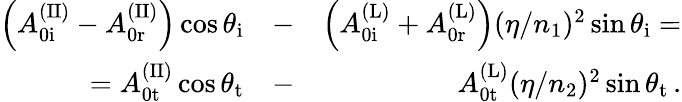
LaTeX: \begin{array}{rlr}{\left(A_{\mathrm{0i}}^{\mathrm{(II)}}-A_{\mathrm{0r}}^{\mathrm{(II)}}\right)\cos\theta_{\mathrm{i}}}&{-}&{\left(A_{\mathrm{0i}}^{\mathrm{(L)}}+A_{\mathrm{0r}}^{\mathrm{(L)}}\right)(\eta/n_{1})^{2}\sin\theta_{\mathrm{i}}=}\\ {=A_{\mathrm{0t}}^{\mathrm{(II)}}\cos\theta_{\mathrm{t}}}&{-}&{A_{\mathrm{0t}}^{\mathrm{(L)}}(\eta/n_{2})^{2}\sin\theta_{\mathrm{t}}\, .}\end{array}